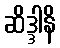
ဆိဒ္ဒါနိ